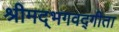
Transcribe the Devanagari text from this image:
श्रीमद्‌भगवद्गीता